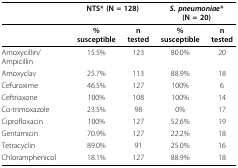
<table><thead><tr><td></td><td colspan="2"><b>NTS* (N = 128)</b></td><td colspan="2"><b><i>S. pneumoniae* </i>(N = 20)</b></td></tr></thead><tbody><tr><td></td><td><b>% susceptible</b></td><td><b>n tested</b></td><td><b>% susceptible</b></td><td><b>n tested</b></td></tr><tr><td>Amoxycillin/Ampicillin</td><td>15.5%</td><td>123</td><td>80.0%</td><td>20</td></tr><tr><td>Amoxyclav</td><td>25.7%</td><td>113</td><td>88.9%</td><td>18</td></tr><tr><td>Cefuroxime</td><td>46.5%</td><td>127</td><td>100%</td><td>6</td></tr><tr><td>Ceftriaxone</td><td>100%</td><td>108</td><td>100%</td><td>14</td></tr><tr><td>Co-trimoxazole</td><td>23.5%</td><td>98</td><td>0%</td><td>17</td></tr><tr><td>Ciprofloxacin</td><td>100%</td><td>127</td><td>52.6%</td><td>19</td></tr><tr><td>Gentamicin</td><td>70.9%</td><td>127</td><td>22.2%</td><td>18</td></tr><tr><td>Tetracyclin</td><td>89.0%</td><td>91</td><td>25.0%</td><td>16</td></tr><tr><td>Chloramphenicol</td><td>18.1%</td><td>127</td><td>88.9%</td><td>18</td></tr></tbody></table>